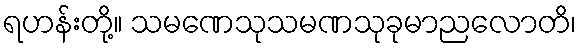
ရဟန်းတို့။ သမဏေသုသမဏသုခုမာညလောတိ၊